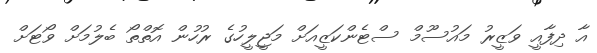
އާ ދިފާއީ ވަޒީރު މައުސޫމް ސްޓެންކަޒީއަށް މަޖީލީހުގެ ރުހުން އޮތްތޯ ބެލުމަށް ވޯޓަށް